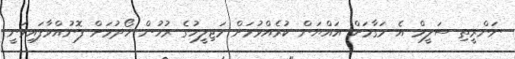
ނަންރީތި ސަލީމް އެ މަގާމަށް އައްޔަން ކުރެއްވުމަށް މަޖިލީހުގެ ރުހުން ހޯދުމަށް ފޮނުއްވާފައިވަނީ